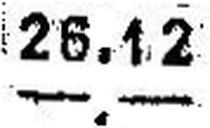
—.—